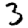
Digit: 3